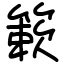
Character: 簌